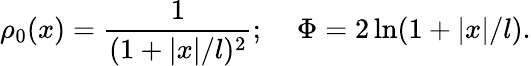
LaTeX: \rho_{0}(x)={\frac{1}{(1+|x|/l)^{2}}};\; \; \; \; \Phi=2\ln(1+|x|/l).